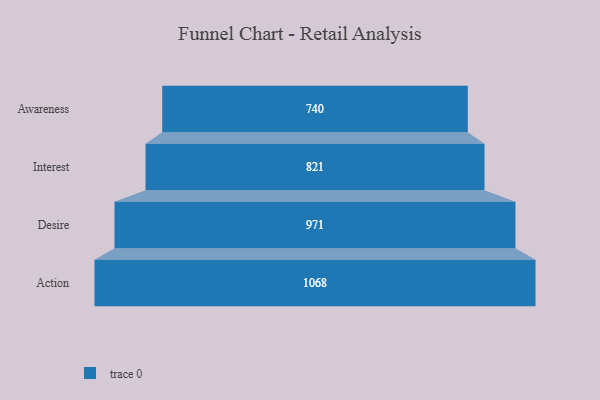
{"axis": {"x": "Stage", "y": "Value"}, "legend": [""], "data": [{"x": "Awareness", "y": 740.0, "type": ""}, {"x": "Interest", "y": 821.0, "type": ""}, {"x": "Desire", "y": 971.0, "type": ""}, {"x": "Action", "y": 1068.0, "type": ""}]}